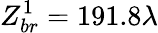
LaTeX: Z_{br}^{1}=191.8\lambda